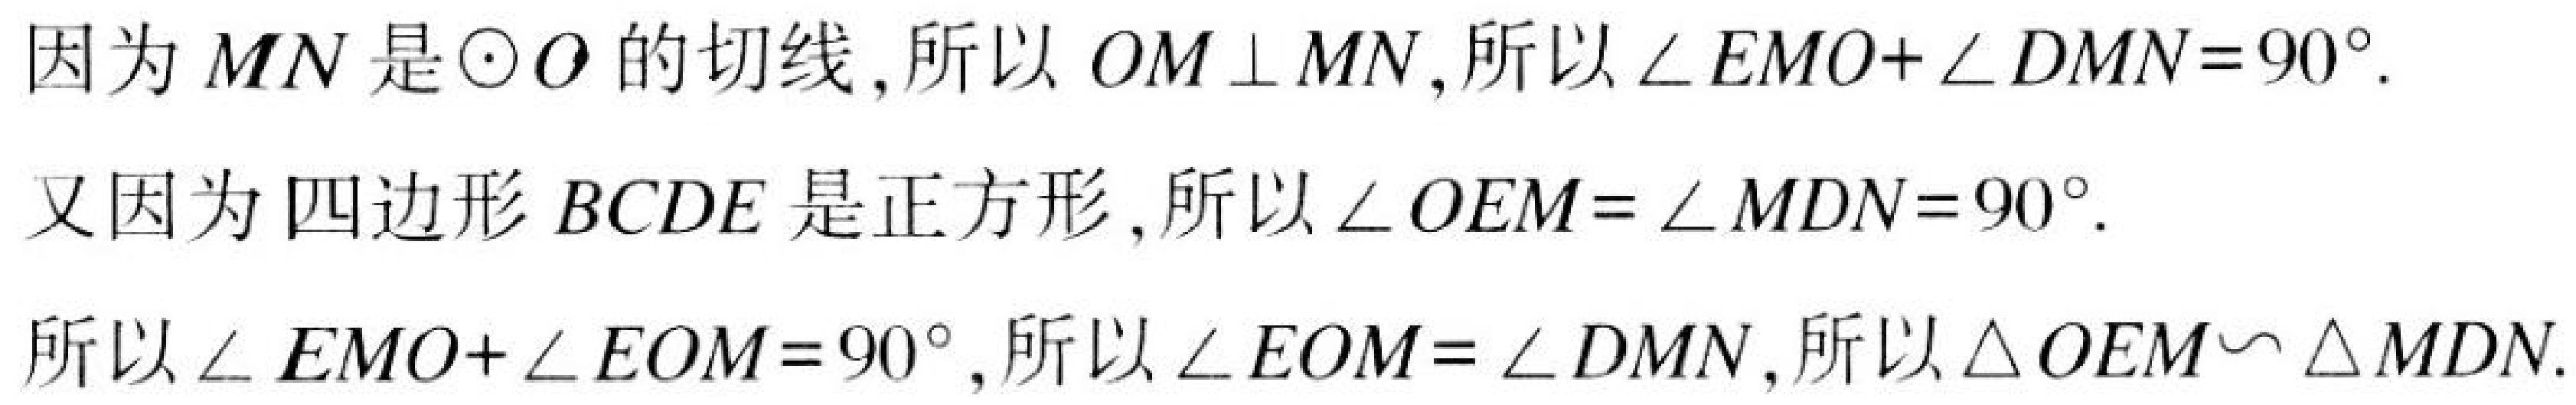
因为\(MN\)是\(\odot O\)的切线,所以 \(OM\perp MN\),所以\(\angle EMO+\angle DMN = 90^{\circ}\).
又因为四边形\(BCDE\)是正方形,所以\(\angle OEM=\angle MDN = 90^{\circ}\).
所以\(\angle EMO+\angle EOM = 90^{\circ}\),所以\(\angle EOM=\angle DMN\),所以\(\triangle OEM\sim\triangle MDN\).